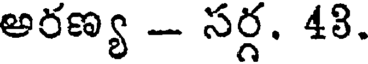
అరణ్య - సర్గ. 48.